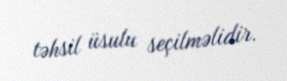
təhsil üsulu seçilməlidir.